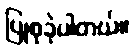
ပြုစုခဲ့ပါတယ်။